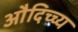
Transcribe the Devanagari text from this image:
औदिच्च्य